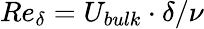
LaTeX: Re_{\delta}=U_{bulk}\cdot\delta/\nu